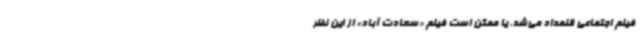
فیلم اجتماعی قلمداد می‌شد. یا ممکن است فیلم «سعادت آباد» از این نظر